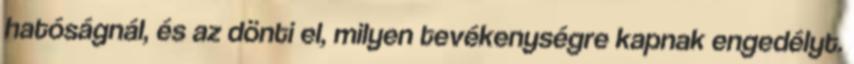
hatóságnál, és az dönti el, milyen tevékenységre kapnak engedélyt.